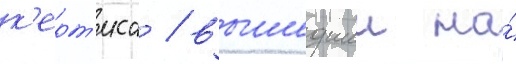
к'ерт'иса / вышедшии на́